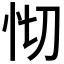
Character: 𢗠